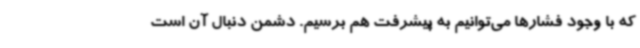
که با وجود فشارها می‌توانیم به پیشرفت هم برسیم. دشمن دنبال آن است